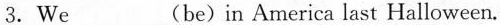
3.We___(be)in America last Halloween.